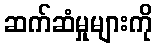
ဆက်ဆံမှုများကို